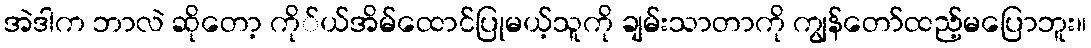
အဲဒါက ဘာလဲ ဆိုတော့ ကို်ယ်အိမ်ထောင်ပြုမယ့်သူကို ချမ်းသာတာကို ကျွန်တော်ထည့်မပြောဘူး။